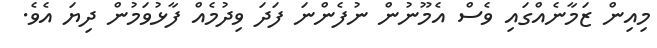
މިއިން ޒަމާނެއްގައި ވެސް އެމޫނުން ނުފެންނަ ފަދަ ވިދުމެއް ފާޅުވަމުން ދިޔަ އެވެ.